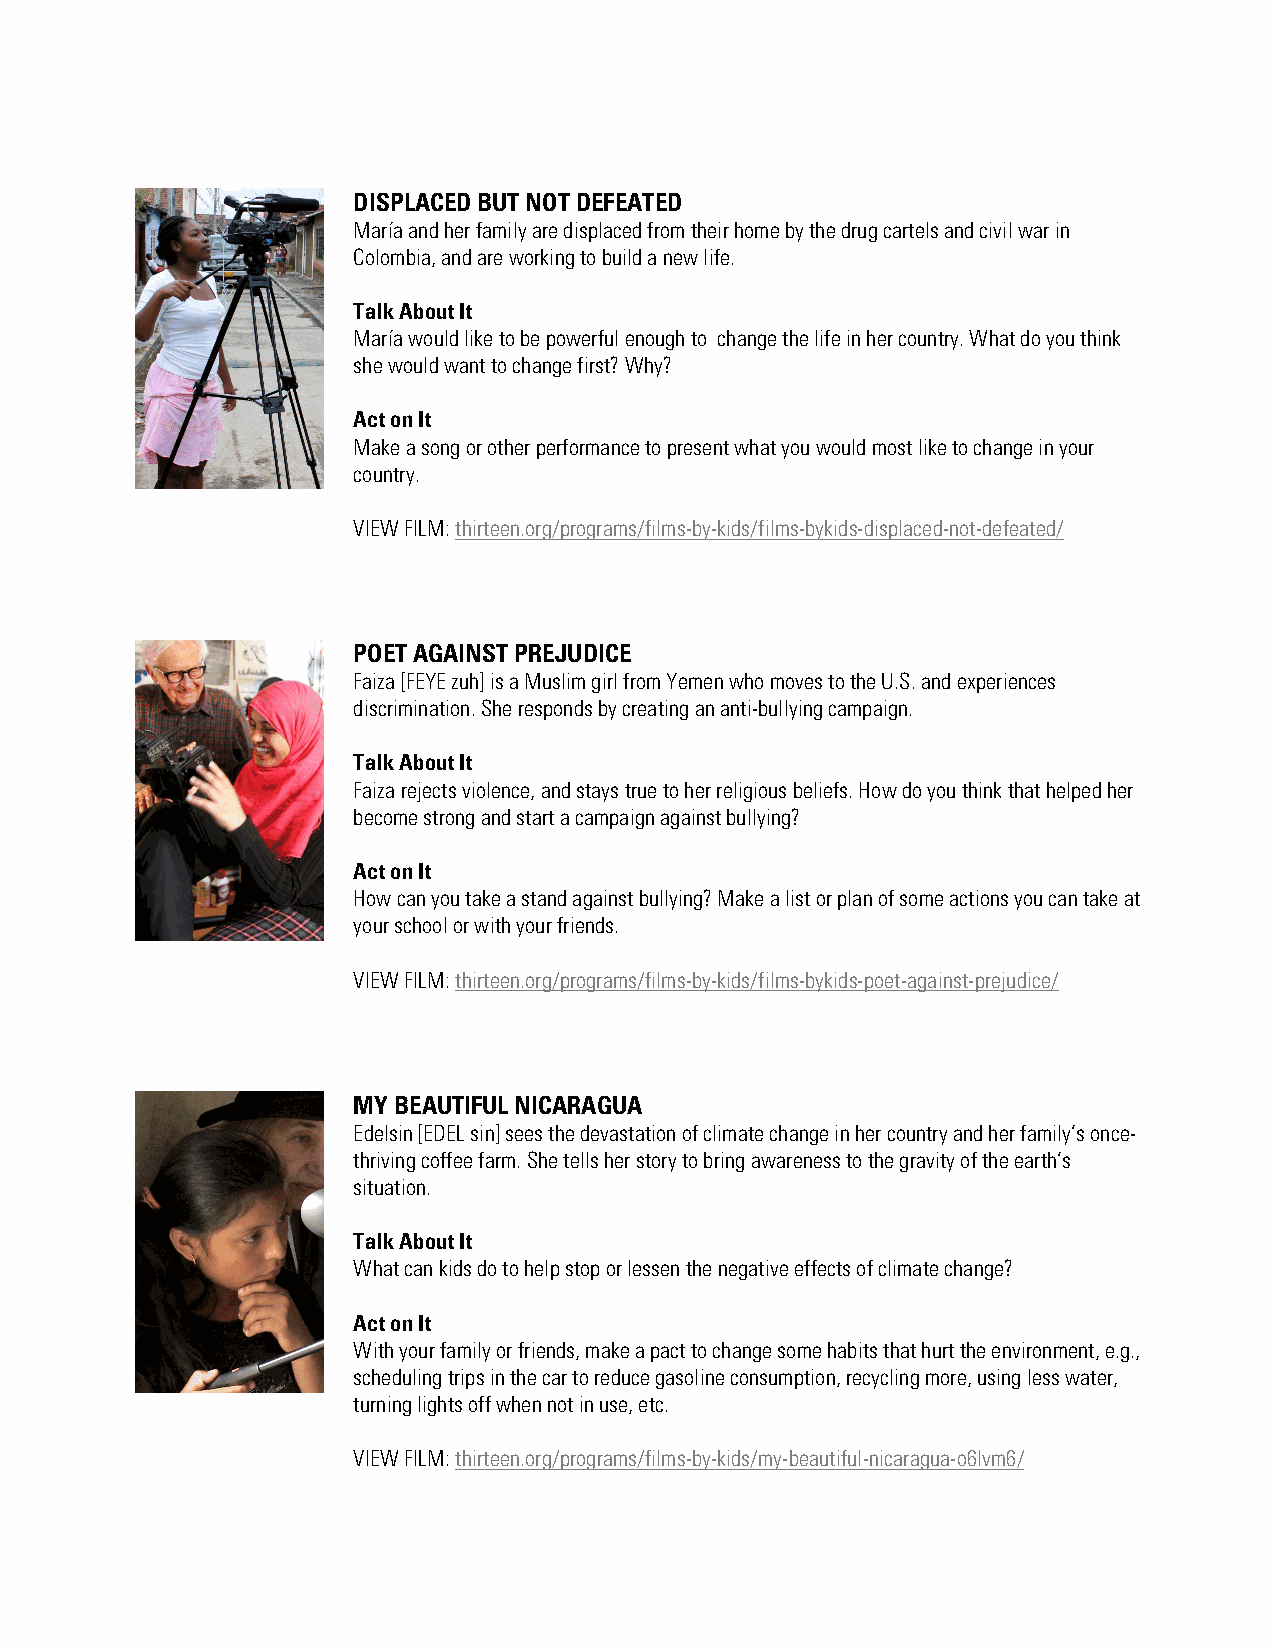
DISPLACED BUT NOT DEFEATED
 María and her family are displaced from their home by the drug cartels and civil war in
 Colombia, and are working to build a new life.
 Talk About It
 María would like to be powerful enough to change the life in her country. What do you think
 she would want to change first? Why?
 Act on It
 Make a song or other performance to present what you would most like to change in your
 country.
 VIEW FILM: thirteen.org/programs/films-by-kids/films-bykids-displaced-not-defeated/
 POET AGAINST PREJUDICE
 Faiza [FEYE zuh] is a Muslim girl from Yemen who moves to the U.S. and experiences
 discrimination. She responds by creating an anti-bullying campaign.
 Talk About It
 Faiza rejects violence, and stays true to her religious beliefs. How do you think that helped her
 become strong and start a campaign against bullying?
 Act on It
 How can you take a stand against bullying? Make a list or plan of some actions you can take at
 your school or with your friends.
 VIEW FILM: thirteen.org/programs/films-by-kids/films-bykids-poet-against-prejudice/
 MY BEAUTIFUL NICARAGUA
 Edelsin [EDEL sin] sees the devastation of climate change in her country and her family’s once-
 thriving coffee farm. She tells her story to bring awareness to the gravity of the earth’s
 situation.
 Talk About It
 What can kids do to help stop or lessen the negative effects of climate change?
 Act on It
 With your family or friends, make a pact to change some habits that hurt the environment, e.g.,
 scheduling trips in the car to reduce gasoline consumption, recycling more, using less water,
 turning lights off when not in use, etc.
 VIEW FILM: thirteen.org/programs/films-by-kids/my-beautiful-nicaragua-o6lvm6/